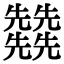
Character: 𠓙